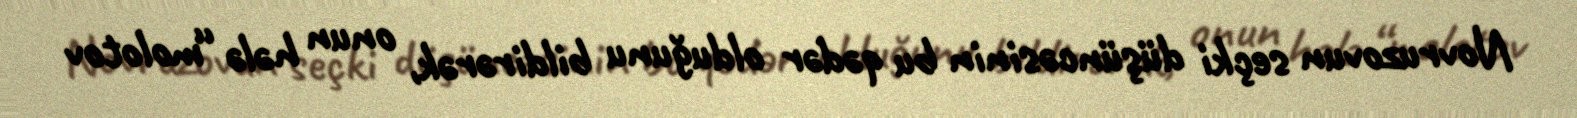
Novruzovun seçki düşüncəsinin bu qədər olduğunu bildirərək, onun hələ “molotov